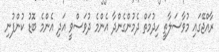
ރާއްޖޭގައި މުވާސަލާތީ ހިދުމަތް ދެމުންގެންދާ އެންމެ ދުވަސްވީ އަދި އެންމެ ބޮޑު ކުންފުނި